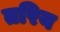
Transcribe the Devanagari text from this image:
तरिय